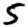
Digit: 5